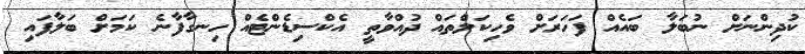
ކުދިންނަށް ނުބަލާ ބައެއް ފަހަރަށް ވެހިކަލްތައް ދުއްވާތީ އެކްސިޑެންޓެއް ހިނގާފާނެ ކަމަށް ބަލާފައި